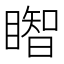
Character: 𥋒